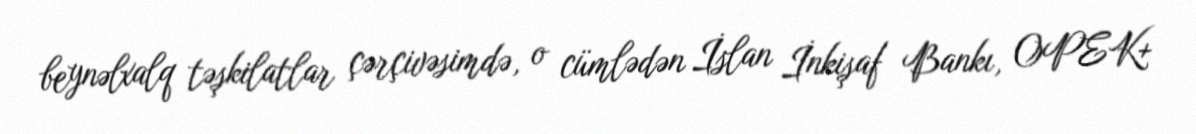
beynəlxalq təşkilatlar çərçivəsimdə, o cümlədən İslan İnkişaf Bankı, OPEK+